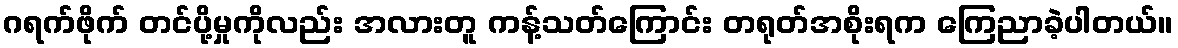
ဂရက်ဖိုက် တင်ပို့မှုကိုလည်း အလားတူ ကန့်သတ်ကြောင်း တရုတ်အစိုးရက ကြေညာခဲ့ပါတယ်။